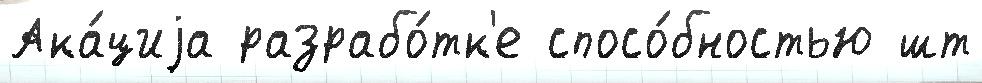
Ака́циjа разрабо́тк'е спосо́бностью шт